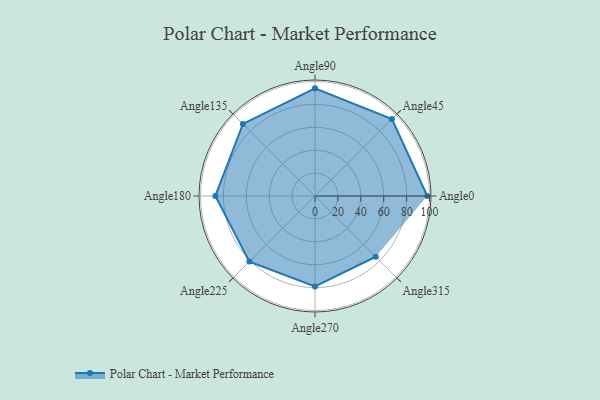
{"axis": {"x": "Angle", "y": "Radius"}, "legend": [""], "data": [{"x": "Angle0", "y": 98.0, "type": ""}, {"x": "Angle45", "y": 95.0, "type": ""}, {"x": "Angle90", "y": 94.0, "type": ""}, {"x": "Angle135", "y": 89.0, "type": ""}, {"x": "Angle180", "y": 87.0, "type": ""}, {"x": "Angle225", "y": 81.0, "type": ""}, {"x": "Angle270", "y": 79.0, "type": ""}, {"x": "Angle315", "y": 75.0, "type": ""}]}